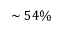
\sim 5 4 \%